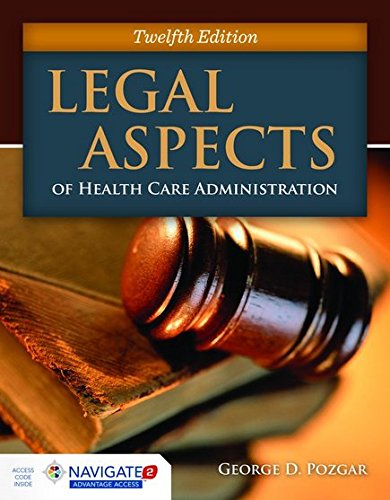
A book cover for Legal Aspects Of Health Care Administration; George D. Pozgar; Business & Money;